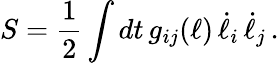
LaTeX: S={\frac{1}{2}}\int dt\, g_{ij}(\ell)\, \dot{\ell}_{i}\, \dot{\ell}_{j}\, .